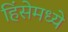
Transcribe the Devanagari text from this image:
हिंसेमध्ये